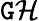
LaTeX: \cal{\mathtt{G}H}